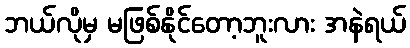
ဘယ်လိုမှ မဖြစ်နိုင်တော့ဘူးလား အနဲရယ်